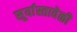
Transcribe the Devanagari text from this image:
सूर्यास्तावेळी